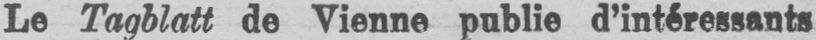
Le Tagblatt de Vienne publie d’intéressants